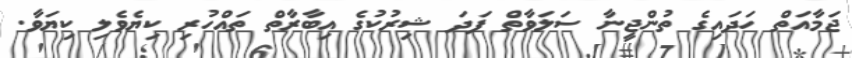
ޖަމާއަތް ހަދައިގެ ތުންޖީނާ ސަލަވާތް ފަދަ ޝިރުކުގެ އިބާރާތް ތައްހުރި ކިޔެވެލި ކިޔަވާ.